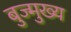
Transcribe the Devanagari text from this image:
बुज्मुख्य